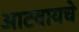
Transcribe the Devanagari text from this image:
आटवायचे